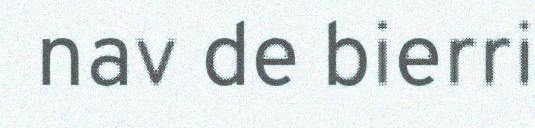
nav de bierri